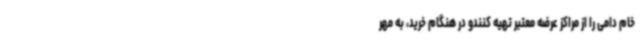
خام دامی را از مراکز عرضه معتبر تهیه کنندو در هنگام خرید، به مهر